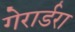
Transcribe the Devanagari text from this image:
गेरार्डरा